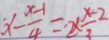
x - \frac { x - 1 } { 4 } = 2 \times \frac { x - 2 } { 3 }